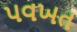
પવખત